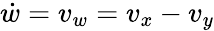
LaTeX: \dot{w}=v_{w}=v_{x}-v_{y}